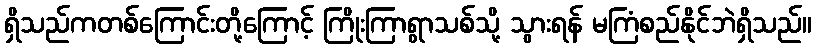
ရှိသည်ကတစ်ကြောင်းတို့ကြောင့် ကြိုးကြာရွာသစ်သို့ သွားရန် မကြံစည်နိုင်ဘဲရှိသည်။